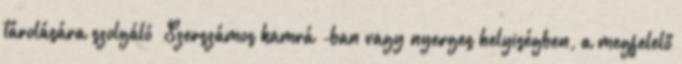
tárolására szolgáló „Szerszámos kamrá”-ban vagy nyerges helyiségben, a megfelelő